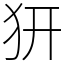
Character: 𤜵